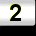
Digit: 2